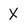
Character: X